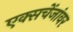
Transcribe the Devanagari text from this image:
एक्सचेंजांवर